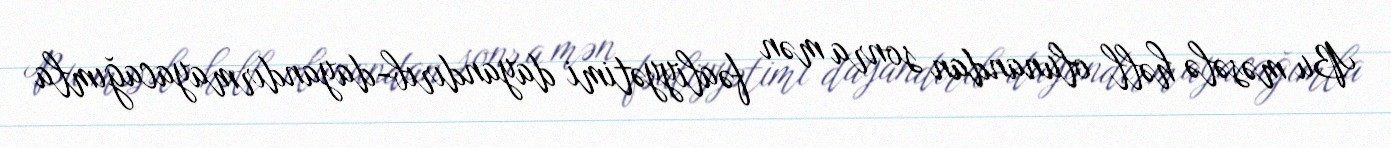
Bu məsələ həll olunandan sonra mən fəaliyyətimi dayandırıb-dayandırmayacağımla